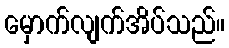
မှောက်လျက်အိပ်သည်။